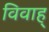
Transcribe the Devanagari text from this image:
विवाह्